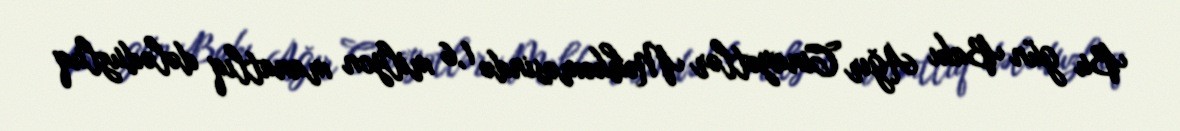
Bu gün Bakı Ağır Cinayətlər Məhkəməsində 1,6 milyon manatlıq dələduzluq